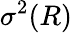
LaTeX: \sigma^{2}(R)